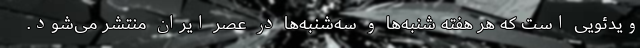
ویدئویی است که هر هفته شنبه‌ها و سه‌شنبه‌ها در عصر ایران منتشر می‌شود.